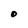
Character: O